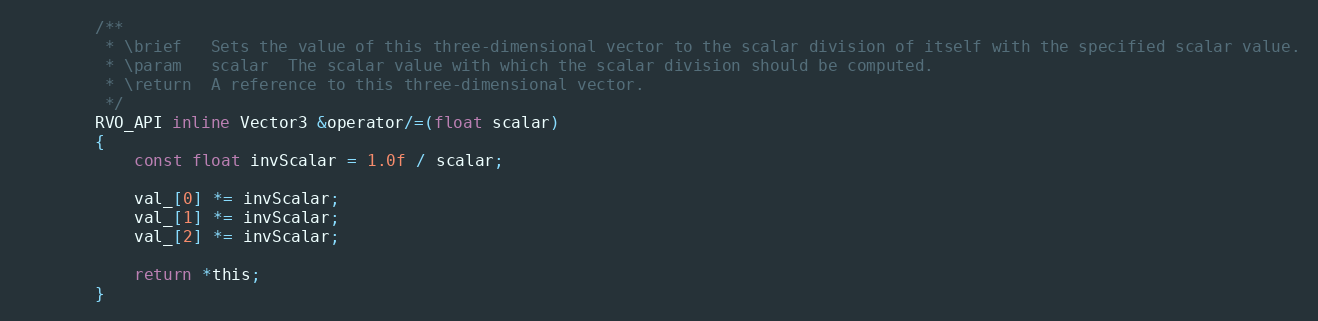
Language: C
		/**
		 * \brief   Sets the value of this three-dimensional vector to the scalar division of itself with the specified scalar value.
		 * \param   scalar  The scalar value with which the scalar division should be computed.
		 * \return  A reference to this three-dimensional vector.
		 */
		RVO_API inline Vector3 &operator/=(float scalar)
		{
			const float invScalar = 1.0f / scalar;

			val_[0] *= invScalar;
			val_[1] *= invScalar;
			val_[2] *= invScalar;

			return *this;
		}